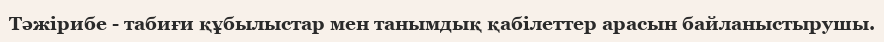
Тәжірибе - табиғи құбылыстар мен танымдық қабілеттер арасын байланыстырушы.